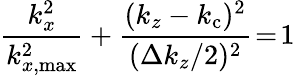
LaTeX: \frac{k_{x}^{2}}{k_{x,\mathrm{max}}^{2}}+\frac{(k_{z}-k_{\mathrm{c}})^{2}}{(\Delta k_{z}/2)^{2}}\! =\! 1